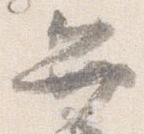
弁